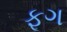
ફૂગ